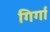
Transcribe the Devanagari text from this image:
गिर्गा